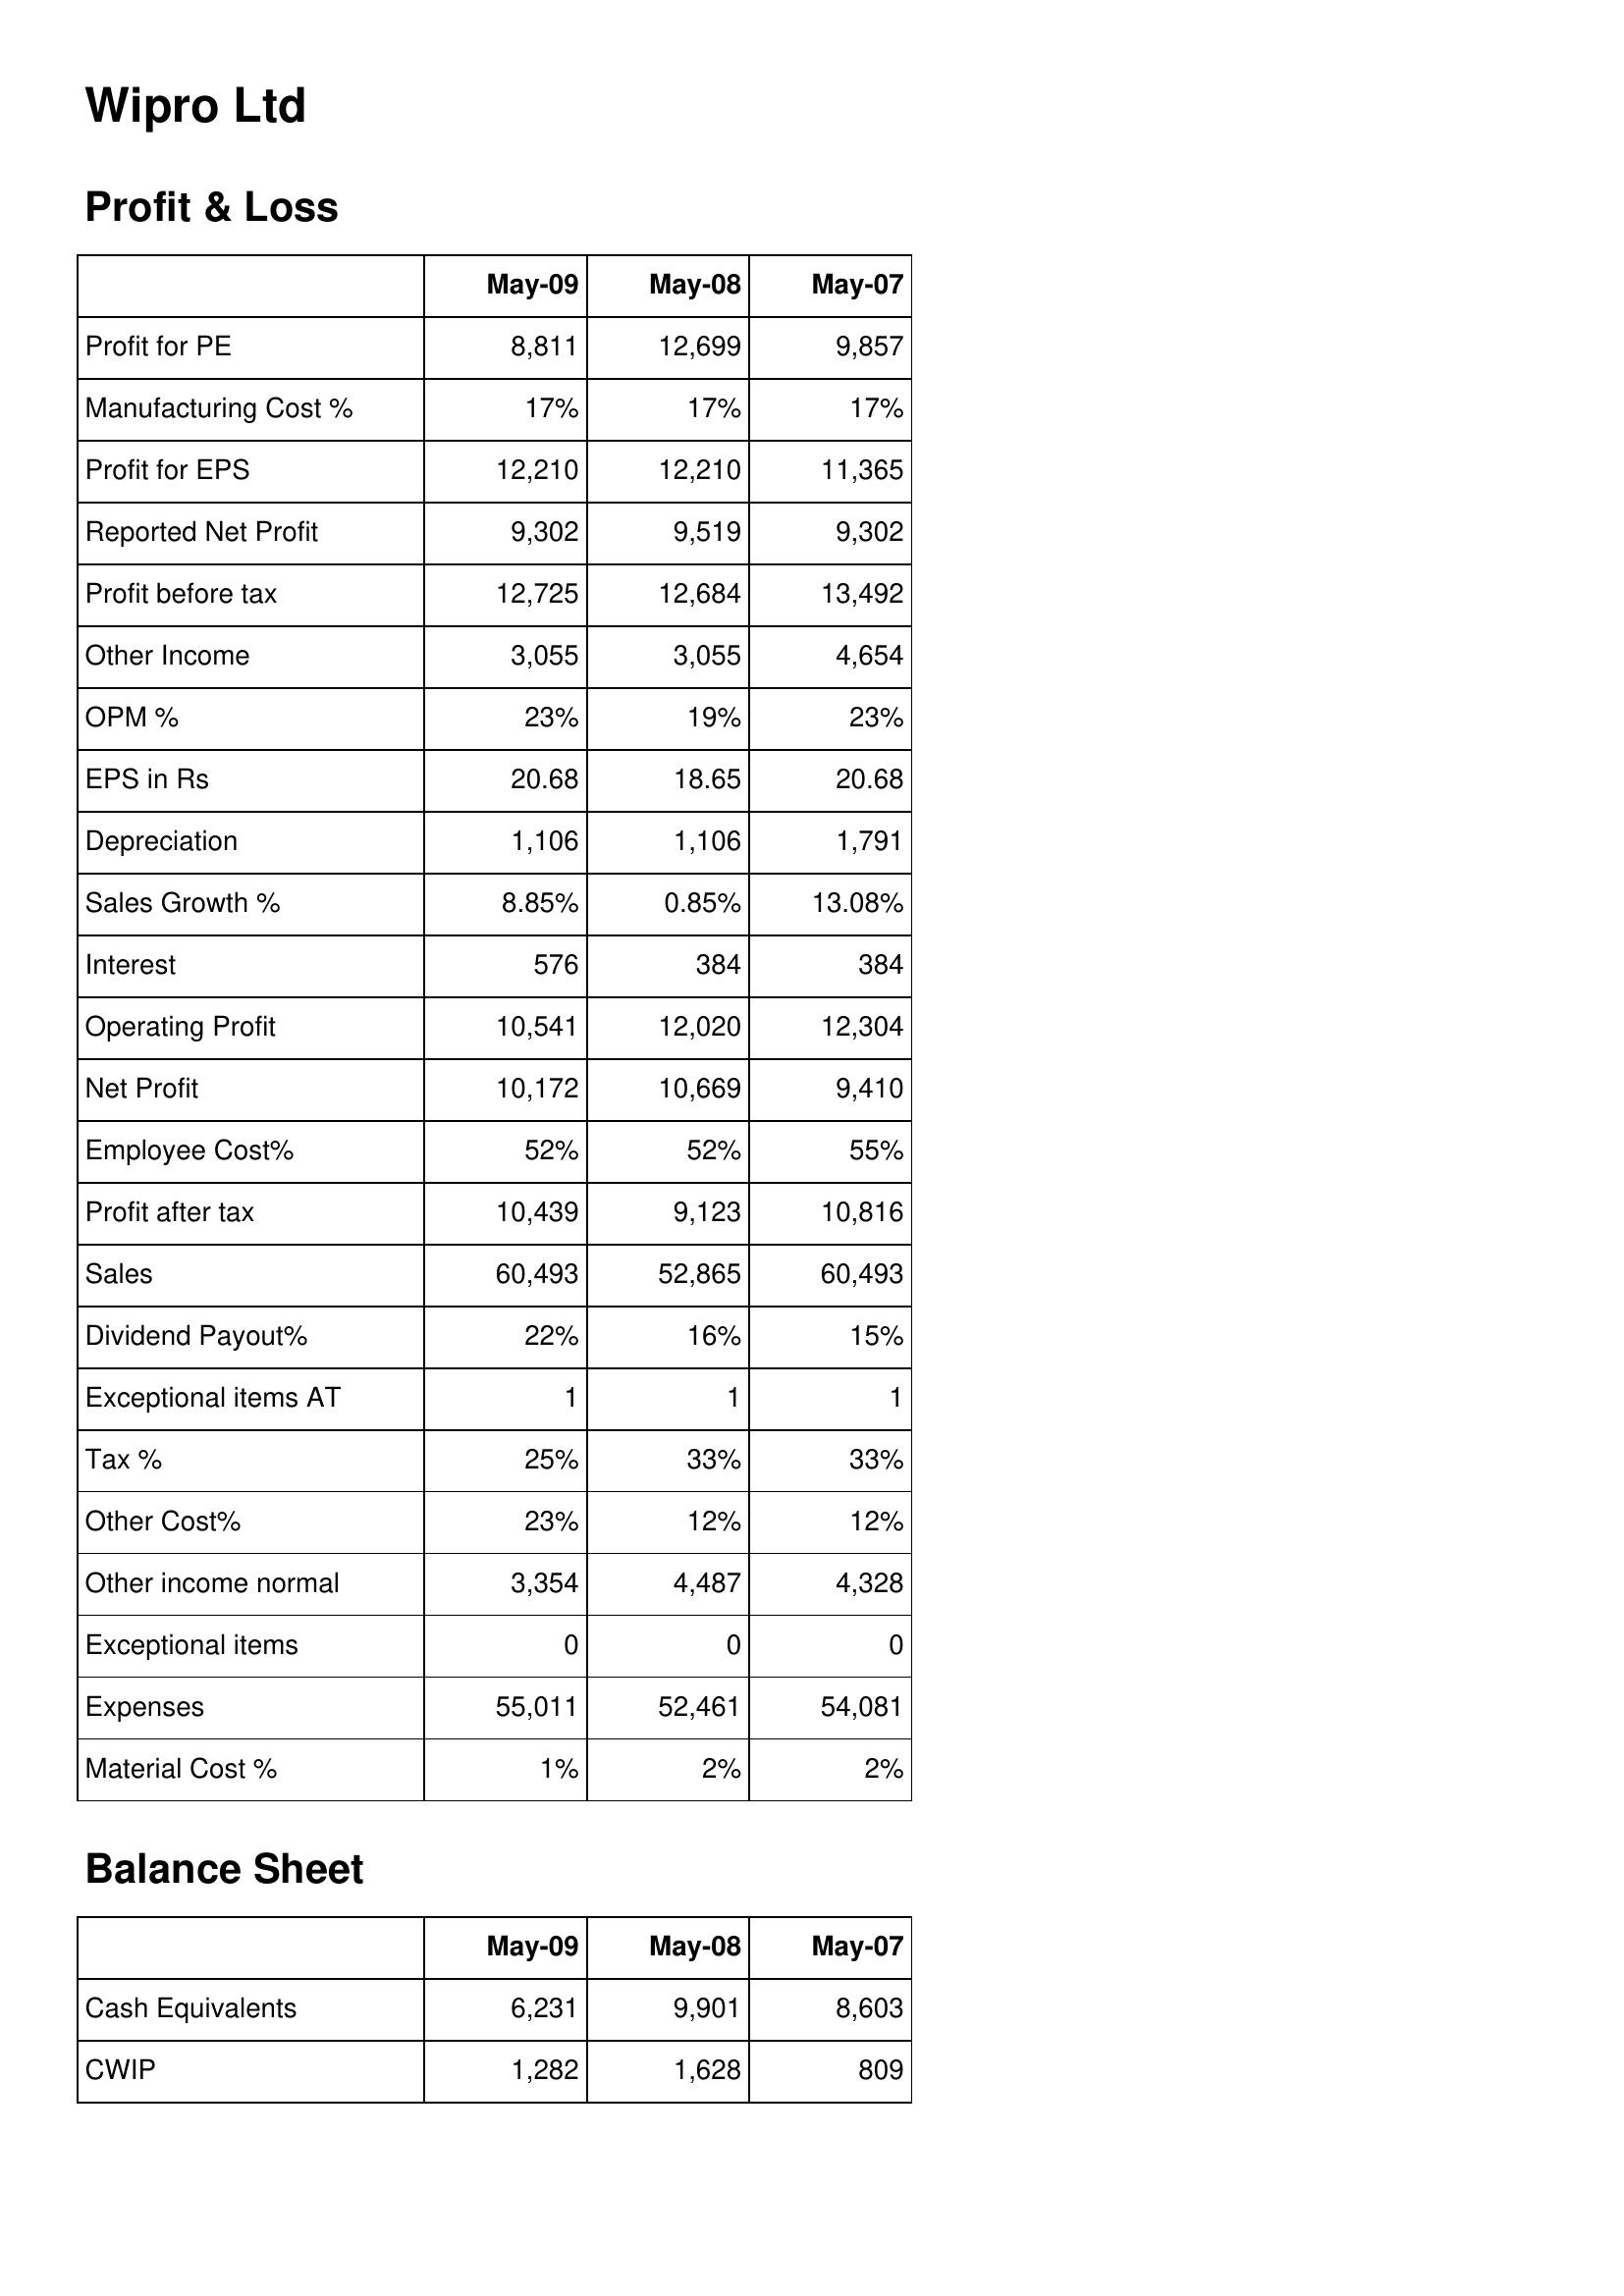
May-09: Profit & Loss: Profit for PE: 8,811
Manufacturing Cost %: 17%
Profit for EPS: 12,210
Reported Net Profit: 9,302
Profit before tax: 12,725
Other Income: 3,055
OPM %: 23%
EPS in Rs: 20.68
Depreciation: 1,106
Sales Growth %: 8.85%
Interest: 576
Operating Profit: 10,541
Net Profit: 10,172
Employee Cost%: 52%
Profit after tax: 10,439
Sales: 60,493
Dividend Payout%: 22%
Exceptional items AT: 1
Tax %: 25%
Other Cost%: 23%
Other income normal: 3,354
Exceptional items: 0
Expenses: 55,011
Material Cost %: 1%
Balance Sheet: Cash Equivalents: 6,231
CWIP: 1,282
May-08: Profit & Loss: Profit for PE: 12,699
Manufacturing Cost %: 17%
Profit for EPS: 12,210
Reported Net Profit: 9,519
Profit before tax: 12,684
Other Income: 3,055
OPM %: 19%
EPS in Rs: 18.65
Depreciation: 1,106
Sales Growth %: 0.85%
Interest: 384
Operating Profit: 12,020
Net Profit: 10,669
Employee Cost%: 52%
Profit after tax: 9,123
Sales: 52,865
Dividend Payout%: 16%
Exceptional items AT: 1
Tax %: 33%
Other Cost%: 12%
Other income normal: 4,487
Exceptional items: 0
Expenses: 52,461
Material Cost %: 2%
Balance Sheet: Cash Equivalents: 9,901
CWIP: 1,628
May-07: Profit & Loss: Profit for PE: 9,857
Manufacturing Cost %: 17%
Profit for EPS: 11,365
Reported Net Profit: 9,302
Profit before tax: 13,492
Other Income: 4,654
OPM %: 23%
EPS in Rs: 20.68
Depreciation: 1,791
Sales Growth %: 13.08%
Interest: 384
Operating Profit: 12,304
Net Profit: 9,410
Employee Cost%: 55%
Profit after tax: 10,816
Sales: 60,493
Dividend Payout%: 15%
Exceptional items AT: 1
Tax %: 33%
Other Cost%: 12%
Other income normal: 4,328
Exceptional items: 0
Expenses: 54,081
Material Cost %: 2%
Balance Sheet: Cash Equivalents: 8,603
CWIP: 809